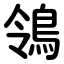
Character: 鴒